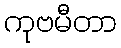
ကုဗမီတာ